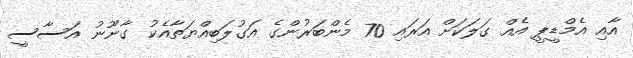
އާއި އެމްޑީޕީ އެއް ގަލަކަށް އަރައި 70 މެންބަރުންގެ އަގުލަބިއްޔަތާއެކު ގާނޫނު އަސާސީ